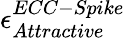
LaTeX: \epsilon_{Attractive}^{ECC-Spike}